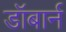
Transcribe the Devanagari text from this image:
डॉबार्न